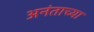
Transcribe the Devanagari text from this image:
अनंताच्या